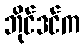
ဘိုင်ဒင်က